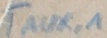
Text: TAUX,1